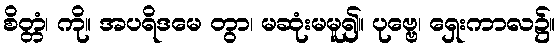
စိတ္တံ၊ ကို။ အပရိဒမေ တွာ၊ မဆုံးမမူ၍။ ပုဗ္ဗေ၊ ရှေးကာလ၌။